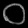
Digit: ၀